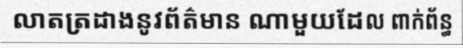
លាតត្រដាងនូវព័ត៌មាន ណាមួយដែល ពាក់ព័ន្ធ